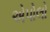
એપોલો